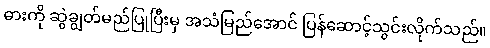
ဓားကို ဆွဲချွတ်မည်ပြုပြီးမှ အသံမြည်အောင် ပြန်ဆောင့်သွင်းလိုက်သည်။